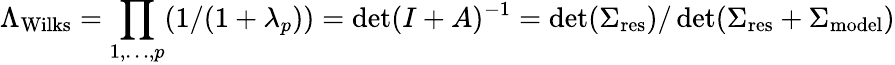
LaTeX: \Lambda_{\mathrm{Wilks}}=\prod_{1,\ldots,p}(1/(1+\lambda_{p}))=\operatorname*{det}(I+A)^{-1}=\operatorname*{det}(\Sigma_{\mathrm{res}})/\operatorname*{det}(\Sigma_{\mathrm{res}}+\Sigma_{\mathrm{model}})